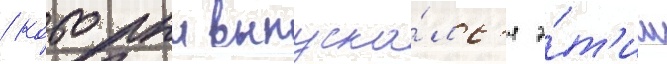
/ которыи выпуска́лс'я э́т'им